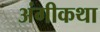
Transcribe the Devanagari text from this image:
अंगीकथा